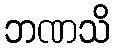
ဘဏသိ